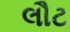
લૌટ